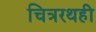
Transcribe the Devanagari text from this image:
चित्ररथही